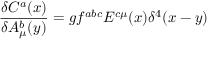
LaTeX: \frac { \delta C ^ { a } ( x ) } { \delta A _ { \mu } ^ { b } ( y ) } = g f ^ { a b c } E ^ { c \mu } ( x ) \delta ^ { 4 } ( x - y )